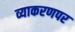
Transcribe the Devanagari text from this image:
व्याकरणपर